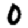
Digit: 0